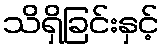
သိရှိခြင်းနှင့်